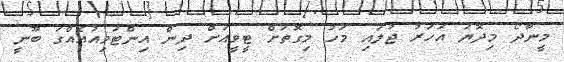
މީނާދޯ މިދޮޔަ އަހަރު ޖުލައި މަހު މިގޮތަށް ޓީވީއަށް ދިން އިންޓަވިއުއެއްގަ ބޫނީ